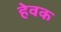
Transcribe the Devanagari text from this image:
हेवक